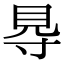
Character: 䙷